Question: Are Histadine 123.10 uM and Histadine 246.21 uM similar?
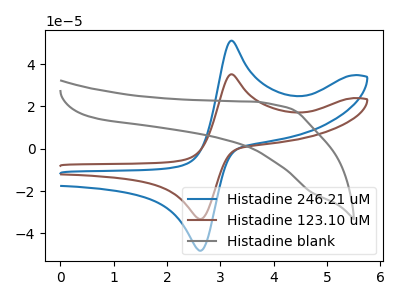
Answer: <think>The blue curve "Histadine 246.21 uM" has an anodic peak at (3.20V, 51.10uA) and a cathodic peak at (2.60V, -48.10uA). The brown curve "Histadine 123.10 uM" has an anodic peak at (3.20V, 35.20uA) and a cathodic peak at (2.60V, -33.15uA). The gray curve "Histadine blank" has no peaks.
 All the peaks in "Histadine 123.10 uM" have a peak in "Histadine 246.21 uM" at the same potential. Every peak in "Histadine 123.10 uM" is lower than every peak in "Histadine 246.21 uM".</think>
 <answer>"Histadine 123.10 uM" and "Histadine 246.21 uM" are similar in shape.</answer>
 <eval>same_shape</eval>